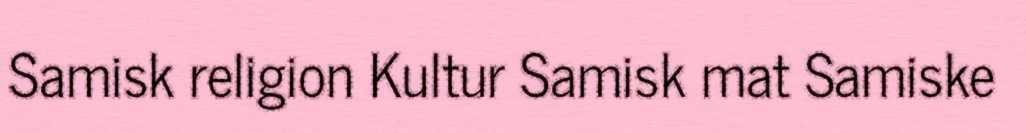
Samisk religion Kultur Samisk mat Samiske